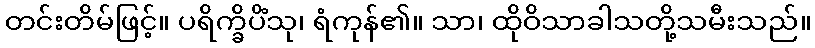
တင်းတိမ်ဖြင့်။ ပရိက္ခိပိံသု၊ ရံကုန်၏။ သာ၊ ထိုဝိသာခါသတို့သမီးသည်။